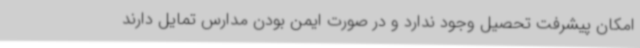
امکان پیشرفت تحصیل وجود ندارد و در صورت ایمن بودن مدارس تمایل دارند